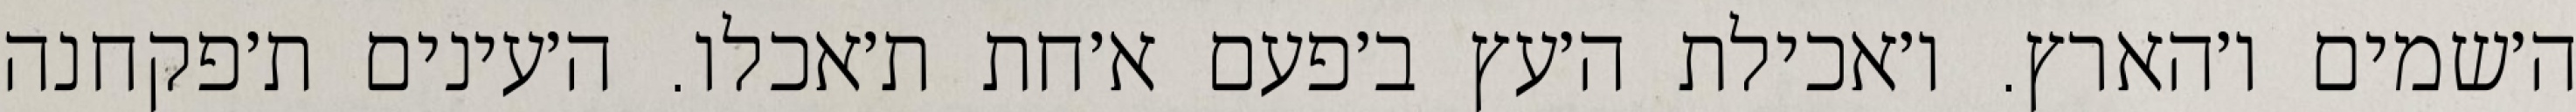
ה׳שמים ו׳הארץ. ו׳אכילת ה׳עץ ב׳פעם א׳חת ת׳אכלו. ה׳עינים ת׳פקחנה